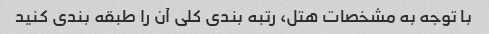
با توجه به مشخصات هتل، رتبه بندی کلی آن را طبقه بندی کنید